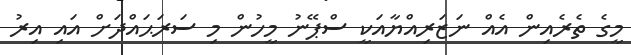
މީގެ ތެރެއިން އެއް ނަޒަރިއްޔާއަކީ ސްޕޭނު މީހުން މި ސަރަޙައްދަށް އައި އިރު